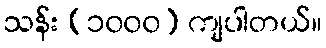
သန်း (၁၀၀၀) ကျပါတယ်။